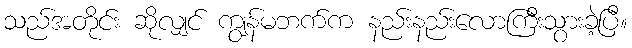
သည်အတိုင်း ဆိုလျှင် ကျွန်မဘက်က နည်းနည်းလောကြီးသွားခဲ့ပြီ။